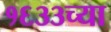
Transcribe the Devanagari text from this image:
१६३३च्या